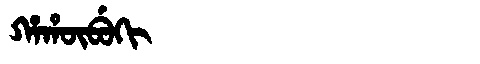
Manchu: ᡥᠠᡥᡡᠪᡠᡴᡳ
Romanization: HAHŪBUKI